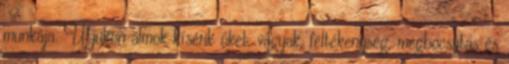
munkája. Útjukon álmok kísérik őket, vágyak, féltékenység, megbocsátás és